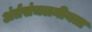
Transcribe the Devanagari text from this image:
अंर्तसंचलनीयता